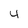
Character: 4